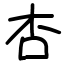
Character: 杏